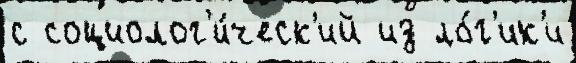
с социолог'и́ческ'ий из ло́г'ик'и